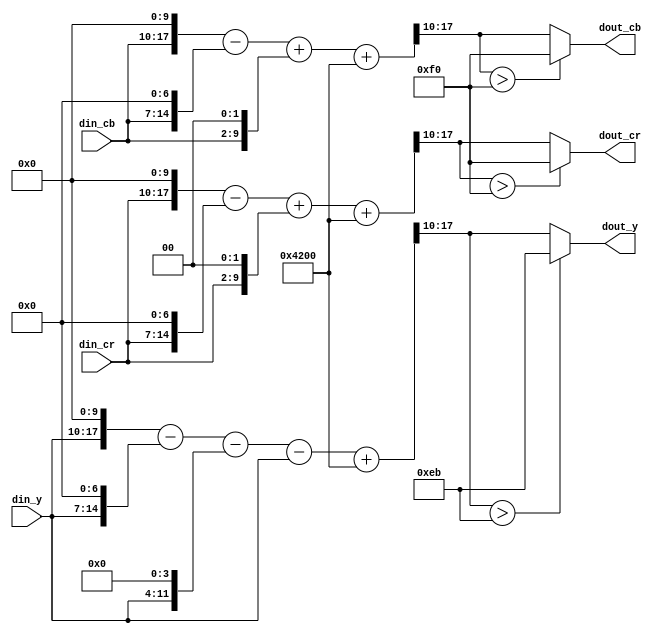
// -------------------------------------------------------------------------------
// (C) Copyright. 2015
// SILICON OPTRONICS INC. ALL RIGHTS RESERVED
//
// This design is confidential and proprietary owned by Silicon Optronics Inc.
// Any distribution and modification must be authorized by a licensing agreement
// -------------------------------------------------------------------------------
//
// description : scaled & offset YCbCr(0~255) to nominal range: Y(16~235) & C(16~240) 
// -------------------------------------------------------------------------------

module ycbcr_nominal_rng(
//================================================================================
//  I/O declaratioin
//================================================================================

// output
output      [7:0]             dout_y,           //
output      [7:0]             dout_cb,          //
output      [7:0]             dout_cr,          //

// input
input       [7:0]             din_y,            //
input       [7:0]             din_cb,           //
input       [7:0]             din_cr            //
);

//================================================================================ 
//  parameter                           
//================================================================================

//================================================================================ 
//  signal declaration                             
//================================================================================
wire        [17:0]            yx879_a16;              // y*879+16
wire        [17:0]            cbx900_a16;             // cb*900+16
wire        [17:0]            crx900_a16;             // cr*900+16

//================================================================================
//  behavior description                              
//================================================================================

// YCbCr range 219
// 219/255 ~= 879(1024-128-16-1)/1024
// Yout = (Yin*879+16*1024+512)/1024
assign yx879_a16 = (din_y << 10) - (din_y << 7) - (din_y << 4) - din_y + (6'h21 << 9);
assign dout_y = (yx879_a16[17:10] > 235)? 8'd235 : yx879_a16[17:10];

// 224/255 ~= 900(1024-128+4)/1024
// Cout = (Cin*900+16*1024+512)/1024
assign cbx900_a16 = (din_cb << 10) - (din_cb << 7) + (din_cb << 2) + (6'h21 << 9);
assign dout_cb = (cbx900_a16[17:10] > 240)? 8'd240 : cbx900_a16[17:10];

assign crx900_a16 = (din_cr << 10) - (din_cr << 7) + (din_cr << 2) + (6'h21 << 9);
assign dout_cr = (crx900_a16[17:10] > 240)? 8'd240 : crx900_a16[17:10];

//================================================================================
//  module instantiation                              
//================================================================================

//================================================================================
//  function
//================================================================================
function integer log2;

input integer n;

begin
  log2 = 0;
  while(2**log2 < n) begin
    log2=log2+1;
  end
end

endfunction

//================================================================================
endmodule